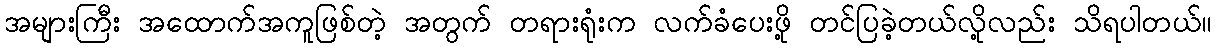
အများကြီး အထောက်အကူဖြစ်တဲ့ အတွက် တရားရုံးက လက်ခံပေးဖို့ တင်ပြခဲ့တယ်လို့လည်း သိရပါတယ်။